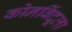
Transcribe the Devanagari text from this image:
कोनबिंदूला